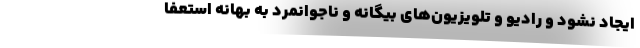
ایجاد نشود و رادیو و تلویزیون‌های بیگانه و ناجوانمرد به بهانه استعفا